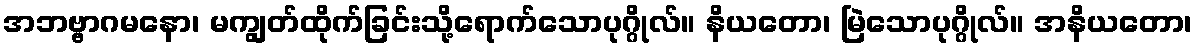
အဘဗ္ဗာဂမနော၊ မကျွတ်ထိုက်ခြင်းသို့ရောက်သောပုဂ္ဂိုလ်။ နိယတော၊ မြဲသောပုဂ္ဂိုလ်။ အနိယတော၊